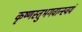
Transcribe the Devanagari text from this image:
कृष्णस्तुभगवान्स्वयं